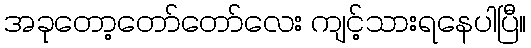
အခုတော့တော်တော်လေး ကျင့်သားရနေပါပြီ။